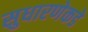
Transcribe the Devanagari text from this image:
सुधारणेकडे